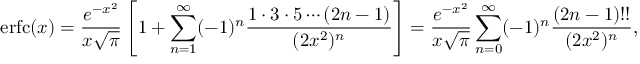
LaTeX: \operatorname { e r f c } ( x ) = { \frac { e ^ { - x ^ { 2 } } } { x { \sqrt { \pi } } } } \left[ 1 + \sum _ { n = 1 } ^ { \infty } ( - 1 ) ^ { n } { \frac { 1 \cdot 3 \cdot 5 \cdots ( 2 n - 1 ) } { ( 2 x ^ { 2 } ) ^ { n } } } \right] = { \frac { e ^ { - x ^ { 2 } } } { x { \sqrt { \pi } } } } \sum _ { n = 0 } ^ { \infty } ( - 1 ) ^ { n } { \frac { ( 2 n - 1 ) ! ! } { ( 2 x ^ { 2 } ) ^ { n } } } ,